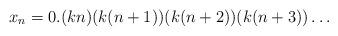
LaTeX: \begin{align*} x_n = 0.(kn)(k(n+1))(k(n+2))(k(n+3))\dots \end{align*}